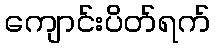
ကျောင်းပိတ်ရက်